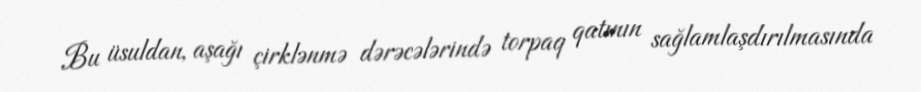
Bu üsuldan, aşağı çirklənmə dərəcələrində torpaq qatının sağlamlaşdırılmasında